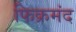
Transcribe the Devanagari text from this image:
फिक्रमंद